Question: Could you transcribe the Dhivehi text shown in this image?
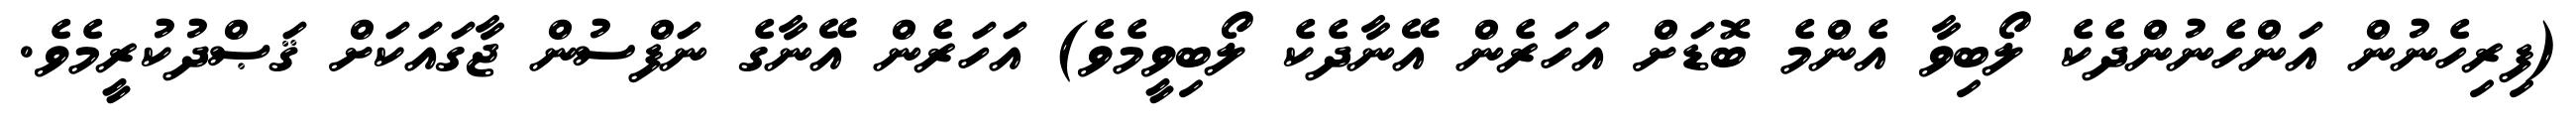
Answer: (ފިރިހެނުން އަންހެނުންދެކެ ލޯބިވާ އެންމެ ބޮޑަށް އަހަރެން އޭނާދެކެ ލޯބިވީމެވެ) އަހަރެން އޭނާގެ ނަފްސުން ޖާގައަކަށް ޤަޞްދުކުރީމެވެ.